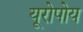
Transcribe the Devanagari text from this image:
यूरोपोय